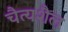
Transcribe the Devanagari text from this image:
चैत्यशैल